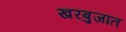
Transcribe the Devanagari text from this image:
खरबुजात